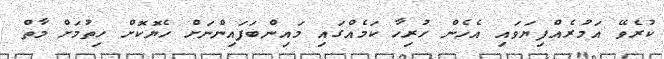
ކުރެވޭ އަމުރެއްފިޔަވައި އެހެން ހުރިހާ ކަމެއްގައި މައިންބަފައިންނަށް ހެޔޮކޮށް ހިތުމަށް މާތް